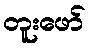
တူးဖော်